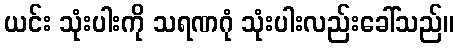
ယင်း သုံးပါးကို သရဏဂုံ သုံးပါးလည်းခေါ်သည်။